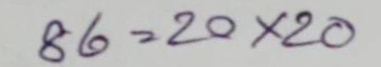
86 = 20x20